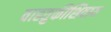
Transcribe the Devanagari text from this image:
वाहतुकीशिवाय